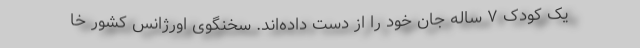
یک کودک ۷ ساله جان خود را از دست داده‌اند. سخنگوی اورژانس کشور خا